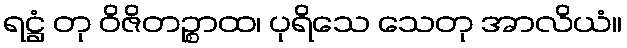
ရဋ္ဌံ တု ဝိဇိတဉ္စာထ၊ ပုရိသေ သေတု အာလိယံ။